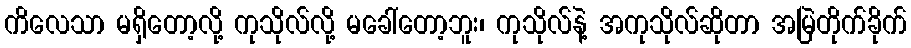
ကိလေသာ မရှိတော့လို့ ကုသိုလ်လို့ မခေါ်တော့ဘူး၊ ကုသိုလ်နဲ့ အကုသိုလ်ဆိုတာ အမြဲတိုက်ခိုက်